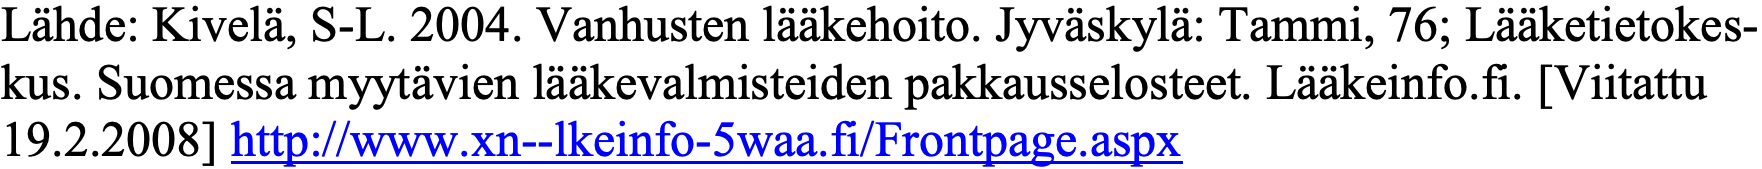
Lähde: Kivelä, S-L. 2004. Vanhusten lääkehoito. Jyväskylä: Tammi, 76; Lääketietokes- kus. Suomessa myytävien lääkevalmisteiden pakkausselosteet. Lääkeinfo.fi. [Viitattu 19.2.2008] http://www.xn--lkeinfo-5waa.fi/Frontpage.aspx